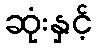
ဆုံးနှင့်